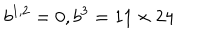
b ^ { 1 , 2 } = 0 , b ^ { 3 } = 1 1 \times 2 4